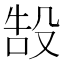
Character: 𬆧